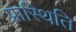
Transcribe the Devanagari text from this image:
प्रास्थिति